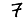
Digit: 7